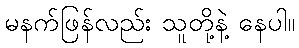
မနက်ဖြန်လည်း သူတို့နဲ့ နေပါ။